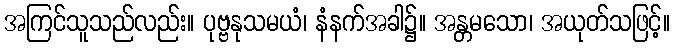
အကြင်သူသည်လည်း။ ပုဗ္ဗနုသမယံ၊ နံနက်အခါ၌။ အန္တမသော၊ အယုတ်သဖြင့်။